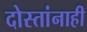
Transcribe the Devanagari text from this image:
दोस्तांनाही